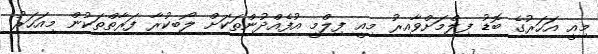
މިއީ އަހަރުގެ ބޮޑު ފިލްމަށްވާއިރު މިއީ ފިލްމީ އުފެއްދުންތަކަށް ލޯބިކުރާ ފަރާތްތަކުން މިއަހަރު